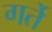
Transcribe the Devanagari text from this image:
गर्ते